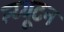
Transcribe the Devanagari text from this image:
न्य्यूटन